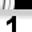
Digit: 1